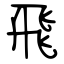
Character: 飛